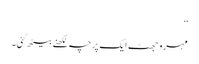
‘‘
مہرو جھٹ ایک پرچہ لکھنے بیٹھ گئی۔